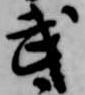
武